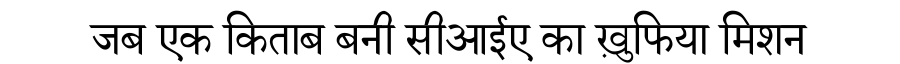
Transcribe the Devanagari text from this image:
जब एक किताब बनी सीआईए का ख़ुफिया मिशन